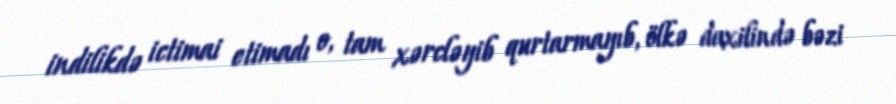
indilikdə ictimai etimadı o, tam xərcləyib qurtarmayıb, ölkə daxilində bəzi